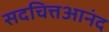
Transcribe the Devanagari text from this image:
सदचित्तआनंद